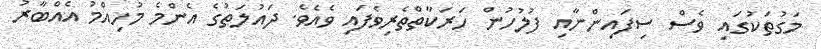
މަގުތަކުގައި ވެސް ސިފައިންނާއި ފުލުހުން ހަރަކާތްތެރިވެފައި ވެއެވެ. ދައުލަތުގެ އެންމެ މުހިއްމު އެއްބާރު